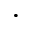
\cdot